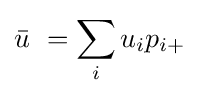
{\bar {u}}\ =\sum _{i}u_{i}p_{i+}